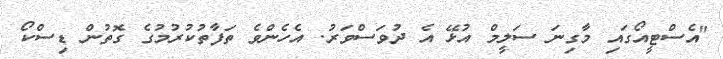
"އެސްޓީއޯގައި މާގިނަ ސަލީމް އުޅޭ އެ ދުވަސްވަރު. އެހެންވެ ތަފާތުކުރުމުގެ ގޮތުން ޑިސްކޯ